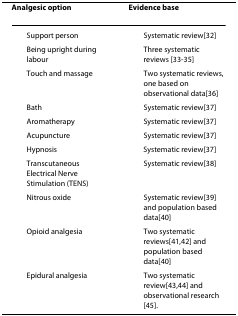
<table><thead><tr><td><b>Analgesic option</b></td><td><b>Evidence base</b></td></tr></thead><tbody><tr><td> Support person</td><td> Systematic review[32]</td></tr><tr><td> Being upright during labour</td><td> Three systematic reviews [33-35]</td></tr><tr><td> Touch and massage</td><td> Two systematic reviews, one based on observational data[36]</td></tr><tr><td> Bath</td><td> Systematic review[37]</td></tr><tr><td> Aromatherapy</td><td> Systematic review[37]</td></tr><tr><td> Acupuncture</td><td> Systematic review[37]</td></tr><tr><td> Hypnosis</td><td> Systematic review[37]</td></tr><tr><td> Transcutaneous Electrical Nerve Stimulation (TENS)</td><td> Systematic review[38]</td></tr><tr><td> Nitrous oxide</td><td> Systematic review[39] and population based data[40]</td></tr><tr><td> Opioid analgesia</td><td> Two systematic reviews[41,42] and population based data[40]</td></tr><tr><td> Epidural analgesia</td><td> Two systematic review[43,44] and observational research [45].</td></tr></tbody></table>